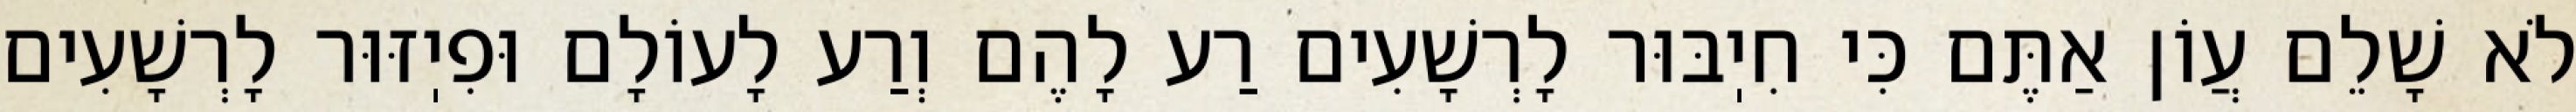
לֹא שָׁלֵם עֲוֹן אַתֶּם כִּי חִיֽבּוּר לָרְשָׁעִים רַע לָהֶם וְרַע לָעוֹלָם וּפִיֽזּוּר לָרְשָׁעִים